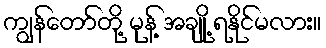
ကျွန်တော်တို့ မုန့် အချို့ ရနိုင်မလား။